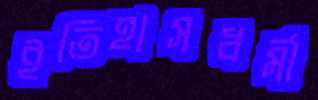
ইতিহাসধর্মী